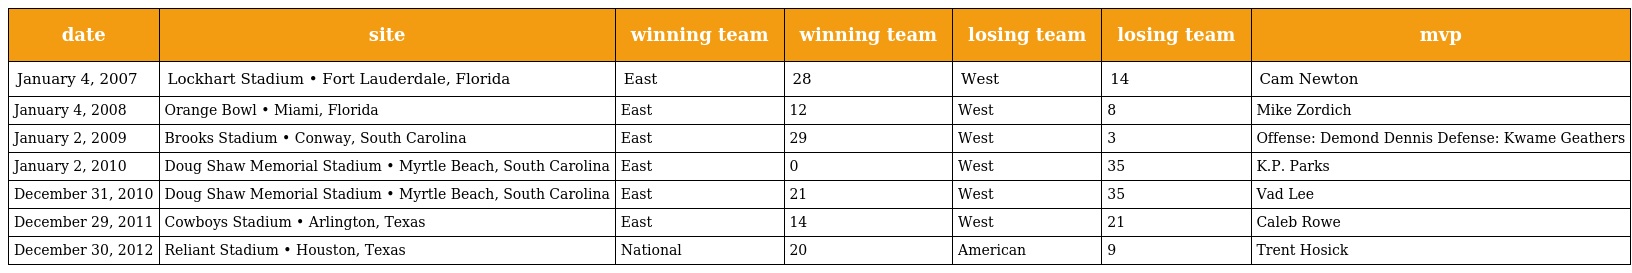
| date | site | winning team | winning team | losing team | losing team | mvp |
 | --- | --- | --- | --- | --- | --- | --- |
 | January 4, 2007 | Lockhart Stadium • Fort Lauderdale, Florida | East | 28 | West | 14 | Cam Newton |
 | January 4, 2008 | Orange Bowl • Miami, Florida | East | 12 | West | 8 | Mike Zordich |
 | January 2, 2009 | Brooks Stadium • Conway, South Carolina | East | 29 | West | 3 | Offense: Demond Dennis Defense: Kwame Geathers |
 | January 2, 2010 | Doug Shaw Memorial Stadium • Myrtle Beach, South Carolina | East | 0 | West | 35 | K.P. Parks |
 | December 31, 2010 | Doug Shaw Memorial Stadium • Myrtle Beach, South Carolina | East | 21 | West | 35 | Vad Lee |
 | December 29, 2011 | Cowboys Stadium • Arlington, Texas | East | 14 | West | 21 | Caleb Rowe |
 | December 30, 2012 | Reliant Stadium • Houston, Texas | National | 20 | American | 9 | Trent Hosick |